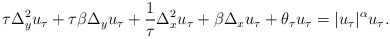
\begin{align*}\tau\Delta_y^2 u_\tau + \tau\beta\Delta_y u_\tau + \frac{1}{\tau}\Delta^2_{x}u_\tau+\beta\Delta_x u_\tau+\theta_\tau u_\tau=|u_\tau|^\alpha u_\tau.\end{align*}